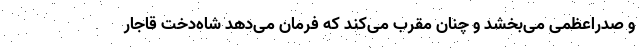
و صدر‌اعظمی می‌بخشد و چنان مقرب می‌کند که فرمان می‌دهد شاه‌دخت قاجار